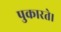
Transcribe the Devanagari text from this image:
पुकारते।